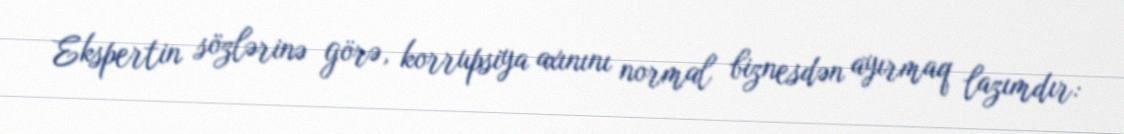
Ekspertin sözlərinə görə, korrupsiya axınını normal biznesdən ayırmaq lazımdır: